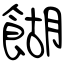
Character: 餬